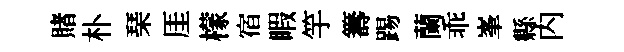
賭朴琹厓檬宿睱竽籌踢蘭乖峯縣内